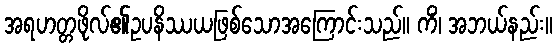
အရဟတ္တဖိုလ်၏ဥပနိဿယဖြစ်သောအကြောင်းသည်။ ကိံ၊ အဘယ်နည်း။